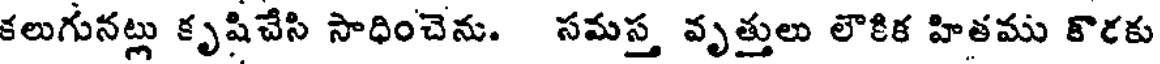
కలుగునట్లు కృషిచేసి సాధించెను. సమస్త వృత్తులు లౌకిక హితము కొరకు